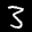
Label: 3